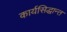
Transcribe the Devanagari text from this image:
कार्यसिद्धान्त